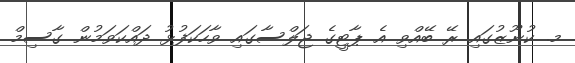
މ. ކުނޫޒުގައި ރޭ ބޭއްވި އެ ޕާޓީގެ ޖަލްސާގައި ވާހަކަފުޅު ދައްކަވަމުން ގާސިމް